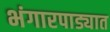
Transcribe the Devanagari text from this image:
भंगारपाड्यात